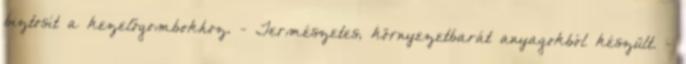
biztosít a kezelőgombokhoz. - Természetes, környezetbarát anyagokból készült. -